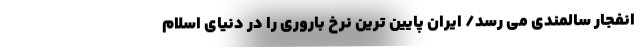
انفجار سالمندی می رسد/ ایران پایین ترین نرخ باروری را در دنیای اسلام